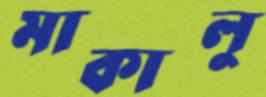
মাকালু